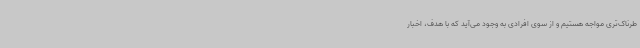
طرناک‌تری مواجه هستیم و از سوی افرادی به وجود می‌آید که با هدف، اخبار